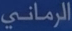
الرمني